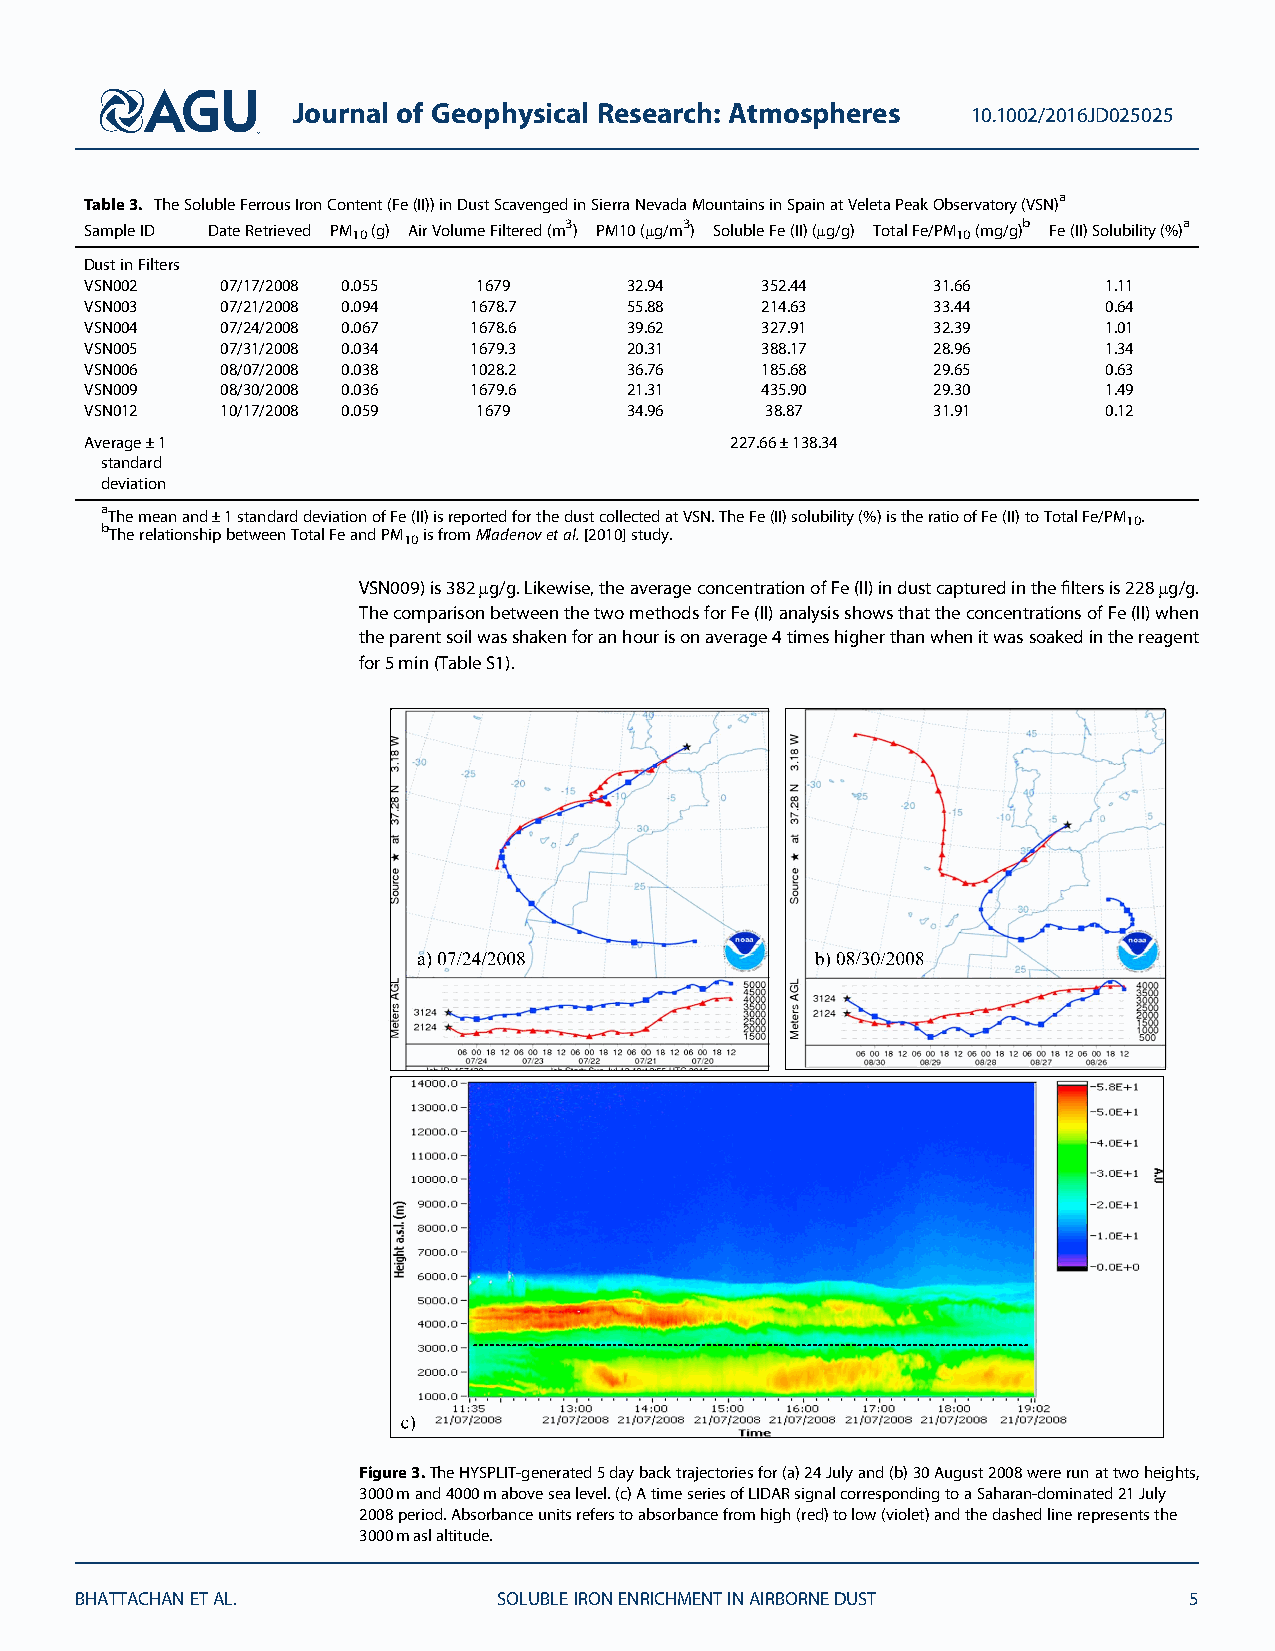
Journal of Geophysical Research: Atmospheres 10.1002/2016JD025025
 Table3. TheSolubleFerrousIronContent(Fe(II))inDustScavengedinSierraNevadaMountainsinSpainatVeletaPeakObservatory(VSN)a
 SampleID DateRetrieved PM10(g) AirVolumeFiltered(m3) PM10(μg/m3) SolubleFe(II)(μg/g) TotalFe/PM10(mg/g)b Fe(II)Solubility(%)a
 DustinFilters
 VSN002   07/17/2008 0.055 1679      32.94   352.44      31.66      1.11
 VSN003   07/21/2008 0.094 1678.7    55.88   214.63      33.44      0.64
 VSN004   07/24/2008 0.067 1678.6    39.62   327.91      32.39      1.01
 VSN005   07/31/2008 0.034 1679.3    20.31   388.17      28.96      1.34
 VSN006   08/07/2008 0.038 1028.2    36.76   185.68      29.65      0.63
 VSN009   08/30/2008 0.036 1679.6    21.31   435.90      29.30      1.49
 VSN012   10/17/2008 0.059 1679      34.96    38.87      31.91      0.12
 Average±1                                 227.66±138.34
 standard
 deviation
 aThemeanand±1standarddeviationofFe(II)isreportedforthedustcollectedatVSN.TheFe(II)solubility(%)istheratioofFe(II)toTotalFe/PM10.
 bTherelationshipbetweenTotalFeandPM10isfromMladenovetal.[2010]study.
 VSN009)is382μg/g.Likewise,theaverageconcentrationofFe(II)industcapturedinthefiltersis228μg/g.
 ThecomparisonbetweenthetwomethodsforFe(II)analysisshowsthattheconcentrationsofFe(II)when
 theparentsoilwasshakenforanhourisonaverage4timeshigherthanwhenitwassoakedinthereagent
 for5min(TableS1).
 Figure3.TheHYSPLIT-generated5daybacktrajectoriesfor(a)24Julyand(b)30August2008wererunattwoheights,
 3000mand4000mabovesealevel.(c)AtimeseriesofLIDARsignalcorrespondingtoaSaharan-dominated21July
 2008period.Absorbanceunitsreferstoabsorbancefromhigh(red)tolow(violet)andthedashedlinerepresentsthe
 3000maslaltitude.
 BHATTACHANETAL.             SOLUBLEIRONENRICHMENTINAIRBORNEDUST           5